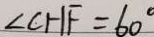
\angle C H F = 6 0 ^ { \circ }